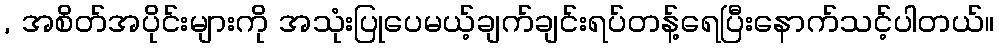
, အစိတ်အပိုင်းများကို အသုံးပြုပေမယ့်ချက်ချင်းရပ်တန့်ရေပြီးနောက်သင့်ပါတယ်။